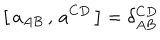
\big [ \, a _ { A B } \, , \, a ^ { C D } \, \big ] = \delta _ { A B } ^ { C D }